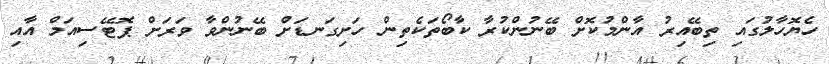
ހެޔޮހާލުގައި ތިބޭއިރު އާންމުކޮށް ބޭނުންކުރާ ކާބޯތަކެތިން ހަށިގަނޑަށް ބޭނުންވާ ވަރަށް ޕޮޓޭސިއަމް އާއި